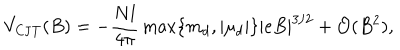
V _ { \mathrm { C J T } } ( B ) = - \frac { N l } { 4 \pi } \max \{ m _ { d } , | \mu _ { d } | \} | e B | ^ { 3 / 2 } + { \cal O } ( B ^ { 2 } ) ,